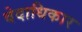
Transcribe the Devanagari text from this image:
वेदाधिकार